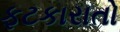
ફટકારાતો